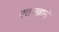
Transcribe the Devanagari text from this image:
एतज्ज्ञानं